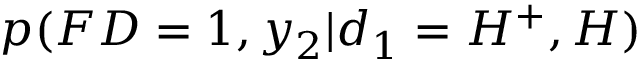
p ( F D = 1 , y _ { 2 } | d _ { 1 } = H ^ { + } , H )